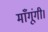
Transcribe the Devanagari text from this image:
माँगूंगी।